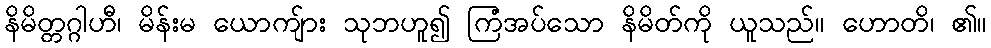
နိမိတ္တဂ္ဂါဟီ၊ မိန်းမ ယောကျ်ား သုဘဟူ၍ ကြံအပ်သော နိမိတ်ကို ယူသည်။ ဟောတိ၊ ၏။